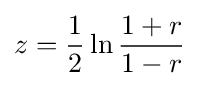
z={1 \over 2}\ln {1+r \over 1-r}